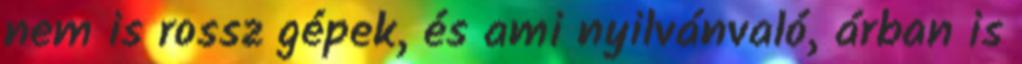
nem is rossz gépek, és ami nyilvánvaló, árban is